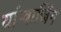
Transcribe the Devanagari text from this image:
यांग्बाजिंग